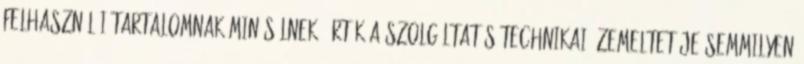
felhasználói tartalomnak minősülnek, értük a szolgáltatás technikai üzemeltetője semmilyen